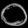
Digit: ၀